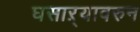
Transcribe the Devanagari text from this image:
घसाऱ्यावरुन